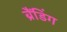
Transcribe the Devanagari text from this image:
ब्रैंडिंग